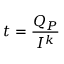
t = { \frac { Q _ { P } } { I ^ { k } } }